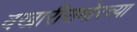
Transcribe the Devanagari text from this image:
वखारीसमोरच्या